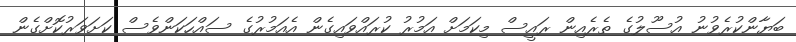
ބަޔާންކުރެވުނު އުސޫލުގެ ތެރެއިން ރައީސް މިކަމަށް އަމުރު ކުރައްވައިގެން އެއަމުރުގެ ސައްހަކަންވެސް ކަށަވަރުކޮށްގެން